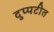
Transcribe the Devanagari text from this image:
दुप्पटीत